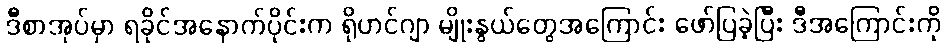
ဒီစာအုပ်မှာ ရခိုင်အနောက်ပိုင်းက ရိုဟင်ဂျာ မျိုးနွယ်တွေအကြောင်း ဖော်ပြခဲ့ပြီး ဒီအကြောင်းကို